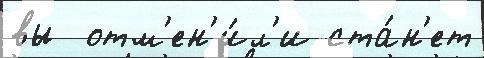
вы  отм'ен'и́л'и ста́н'ет